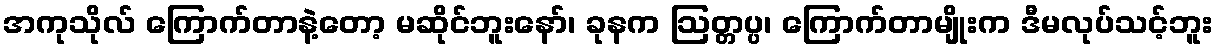
အကုသိုလ် ကြောက်တာနဲ့တော့ မဆိုင်ဘူးနော်၊ ခုနက ဩတ္တပ္ပ၊ ကြောက်တာမျိုးက ဒီမလုပ်သင့်ဘူး